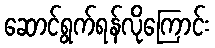
ဆောင်ရွက်ရန်လိုကြောင်း